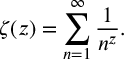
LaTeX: \zeta ( z ) = \sum _ { n = 1 } ^ { \infty } \frac { 1 } { n ^ { z } } .